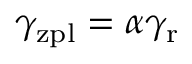
\gamma _ { \mathrm { z p l } } = \alpha \gamma _ { \mathrm { r } }